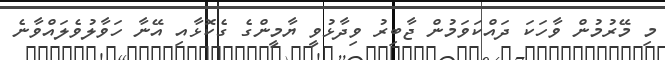
މި މޭރުމުން ވާހަކަ ދައްކަވަމުން ޖާބިރު ވިދާޅުވީީ ޔާމީންގެ ގެކޮޅާއި އޭނާ ހަވާލުވެލައްވާނެ